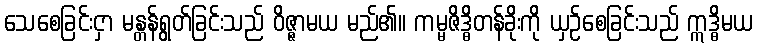
သေစေခြင်းငှာ မန္တန်ရွတ်ခြင်းသည် ဝိဇ္ဇာမယ မည်၏။ ကမ္မဇိဒ္ဓိတန်ခိုးကို ယှဉ်စေခြင်းသည် ဣဒ္ဓိမယ